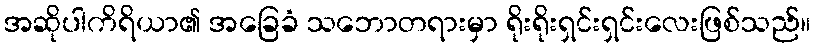
အဆိုပါကိရိယာ၏ အခြေခံ သဘောတရားမှာ ရိုးရိုးရှင်းရှင်းလေးဖြစ်သည်။